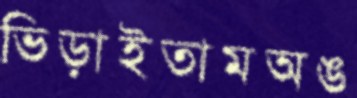
ভিড়াইতামঅঙ